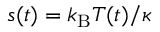
s ( t ) = k _ { \mathrm { B } } T ( t ) / \kappa